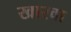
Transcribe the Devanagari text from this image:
खारवा